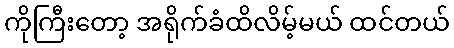
ကိုကြီးတော့ အရိုက်ခံထိလိမ့်မယ် ထင်တယ်